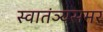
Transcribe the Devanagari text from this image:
स्वातंञ्यसमर